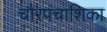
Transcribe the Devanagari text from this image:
चौरपंचाशिका